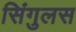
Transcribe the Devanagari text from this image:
सिंगुलस